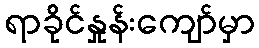
ရာခိုင်နှုန်းကျော်မှာ